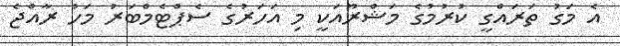
އެެ މަގު ތަރައްގީ ކުރުމުގެ މަޝްރޫއަކީ މި އަހަރުގެ ސެޕްޓެމްބަރު މަހު ރާއްޖެ